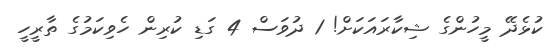
ކުޅެދޭ މީހުންގެ ޝިކާރައަކަށް! 1 ދުވަސް 4 ގަޑި ކުރިން ހެވިކަމުގެ ތާރީހީ